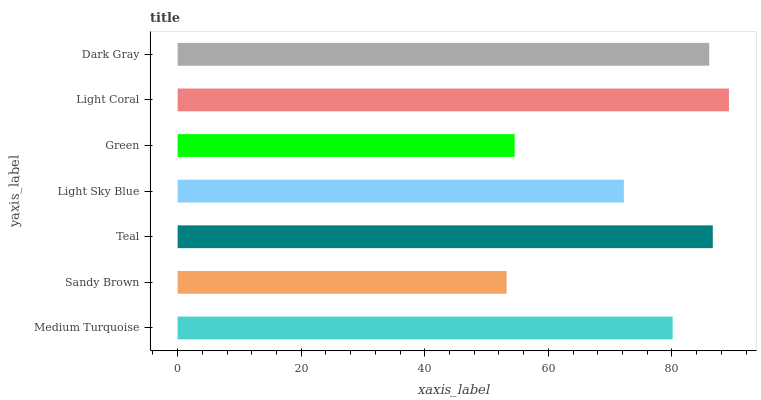
| yaxis_label | bars |
 | --- | --- |
 | Medium Turquoise | 80.1 |
 | Sandy Brown | 53.2 |
 | Teal | 86.6 |
 | Light Sky Blue | 72.2 |
 | Green | 54.5 |
 | Light Coral | 89.2 |
 | Dark Gray | 86 |